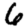
Digit: 6